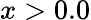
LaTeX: x>0.0